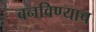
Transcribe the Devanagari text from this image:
बनविण्याच